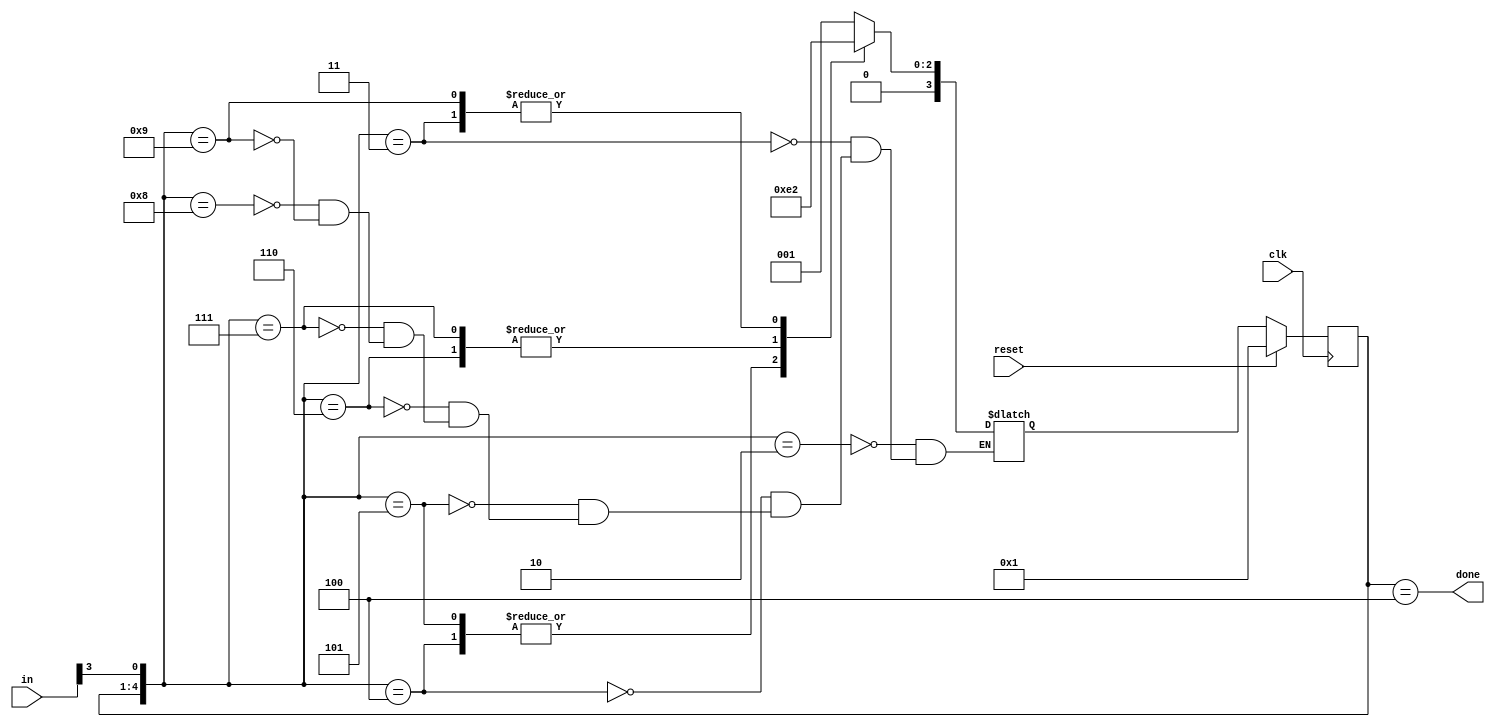
module top_module(
    input clk,
    input [7:0] in,
    input reset,    // Synchronous reset
    output done); //

    parameter byte1 = 1, byte2 = 2, byte3 = 3, dn = 4;
    reg [3:0] state, next_state;

    // State transition logic (combinational)
    always @(*) begin
        case ({state, in[3]})
            {byte1, 1'b0}: next_state = byte1;
            {byte1, 1'b1}: next_state = byte2;
            {byte2, 1'b0}: next_state = byte3;
            {byte2, 1'b1}: next_state = byte3;
            {byte3, 1'b0}: next_state = dn;
            {byte3, 1'b1}: next_state = dn;
            {dn, 1'b0}: next_state = byte1;
            {dn, 1'b1}: next_state = byte2;
        endcase
    end

    // State flip-flops (sequential)
    always @(posedge clk) begin
        if (reset) begin
            state <= byte1;
        end
        else begin
            state <= next_state;
        end
    end

    // Output logic
    assign done = (state == dn);

endmodule